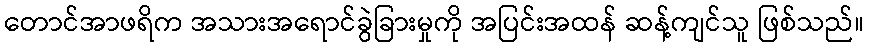
တောင်အာဖရိက အသားအရောင်ခွဲခြားမှုကို အပြင်းအထန် ဆန့်ကျင်သူ ဖြစ်သည်။